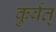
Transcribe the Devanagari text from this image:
कुर्वत्